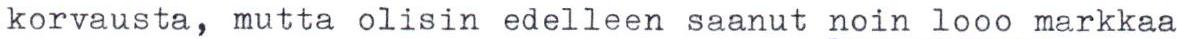
korvausta, mutta olisin edelleen saanut noin 1000 markkaa